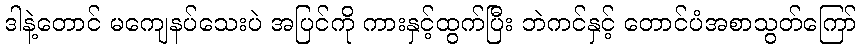
ဒါနဲ့တောင် မကျေနပ်သေးပဲ အပြင်ကို ကားနှင့်ထွက်ပြီး ဘဲကင်နှင့် တောင်ပံအစာသွတ်ကြော်